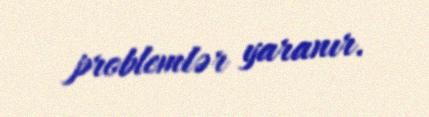
problemlər yaranır.